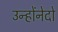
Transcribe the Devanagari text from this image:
उन्होंनेदो